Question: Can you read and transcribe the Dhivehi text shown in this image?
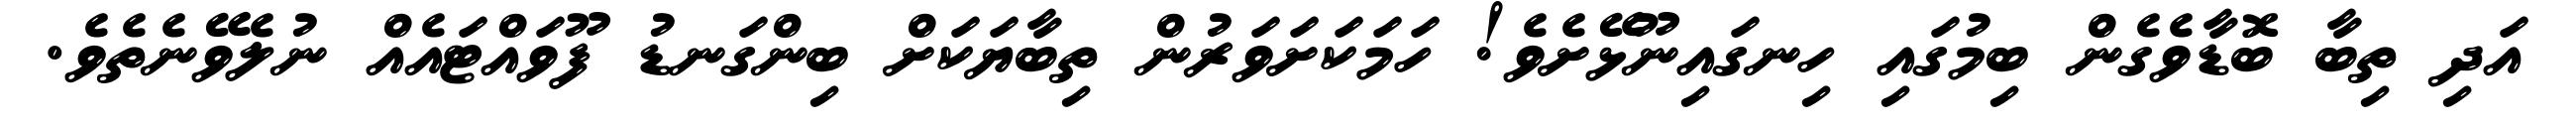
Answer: އަދި ތިބާ ބޮޑާވެގެން ބިމުގައި ހިނގައިނޫޅޭށެވެ! ހަމަކަށަވަރުން ތިބާޔަކަށް ބިންގަނޑު ފޫވައްޓައެއް ނުލެވޭނެތެވެ.